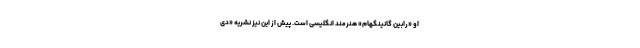
او «رابین گانینگهام» هنرمند انگلیسی است. پیش از این نیز نشریه «دی